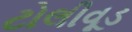
ટોલીવૂડ